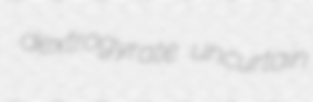
dextrogyrate uncurtain